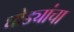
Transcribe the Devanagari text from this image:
घोड्यांचा